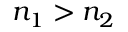
n _ { 1 } > n _ { 2 }